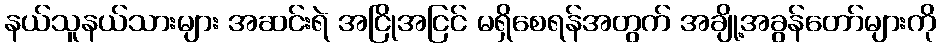
နယ်သူနယ်သားများ အဆင်းရဲ အငြိုအငြင် မရှိစေရန်အတွက် အချို့အခွန်တော်များကို